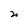
Character: n